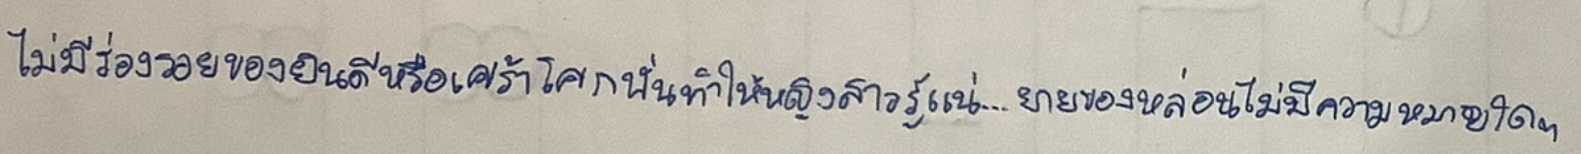
ไม่มีร่องรอยยินดีหรือเศร้าโศกนั่นทำให้หญิงสาวรู้แน่...ยายของหล่อนไม่เคยมีความหมายใดๆ